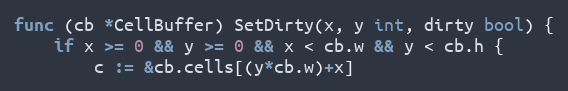
Language: Go
func (cb *CellBuffer) SetDirty(x, y int, dirty bool) {
	if x >= 0 && y >= 0 && x < cb.w && y < cb.h {
		c := &cb.cells[(y*cb.w)+x]